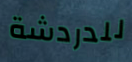
للدردشة